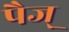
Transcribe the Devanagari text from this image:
पैज्